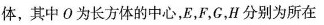
体，其中O为长方体的中心，E，F，G，H分别为所在